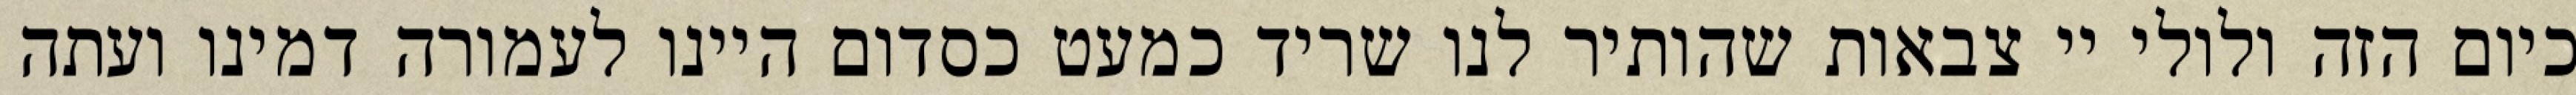
כיום הזה ולולי יי צבאות שהותיר לנו שריד כמעט כסדום היינו לעמורה דמינו ועתה